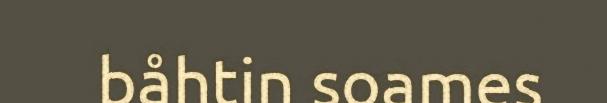
båhtin soames